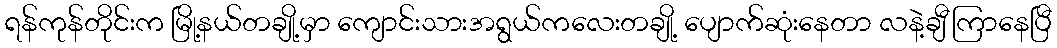
ရန်ကုန်တိုင်းက မြို့နယ်တချို့မှာ ကျောင်းသားအရွယ်ကလေးတချို့ ပျောက်ဆုံးနေတာ လနဲ့ချီ ကြာနေပြီ